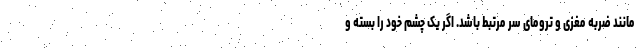
مانند ضربه مغزی و ترومای سر مرتبط باشد. اگر یک چشم خود را بسته و